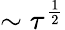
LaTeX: \sim\tau^{\frac{1}{2}}